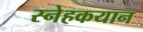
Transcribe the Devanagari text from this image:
स्नेहकयान